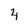
Character: 4